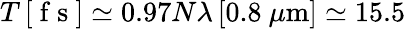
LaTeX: T\, [\mathrm{~f~s~}]\simeq 0.97N\lambda\, [0.8~\mu\mathrm{m}]\simeq 15.5